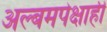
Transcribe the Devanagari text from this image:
अल्बमपेक्षाही